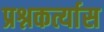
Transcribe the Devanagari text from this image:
प्रश्नकर्त्यास